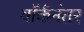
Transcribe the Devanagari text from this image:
यॉर्कनंतर